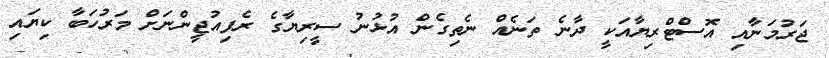
ޖަރުމަނާއި އޮސްޓްރިޔާއަކީ ދާނެ ތަނެއް ނެތިގެން އުޅުނު ސީރިޔާގެ ރެފިއުޖީންނަށް މަރުހަބާ ކިޔައި